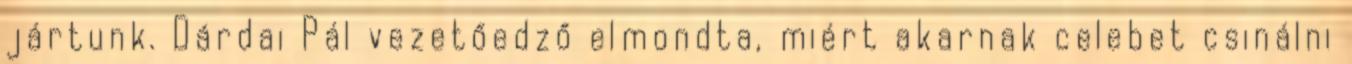
jártunk. Dárdai Pál vezetőedző elmondta, miért akarnak celebet csinálni